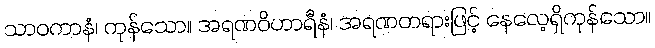
သာဝကာနံ၊ ကုန်သော။ အရဏဝိဟာရီနံ၊ အရဏတရားဖြင့် နေလေ့ရှိကုန်သော။